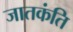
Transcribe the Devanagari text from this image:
जातकंति